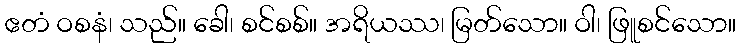
ဧတံ ဝစနံ၊ သည်။ ခေါ၊ စင်စစ်။ အရိယဿ၊ မြတ်သော။ ဝါ၊ ဖြူစင်သော။